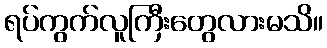
ရပ်ကွက်လူကြီးတွေလားမသိ။